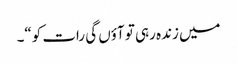
میں زندہ رہی تو آؤں گی رات کو“۔